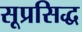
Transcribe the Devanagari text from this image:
सूप्रसिद्ध